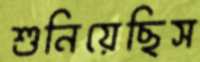
শুনিয়েছিস